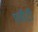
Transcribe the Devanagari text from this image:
एवीटी